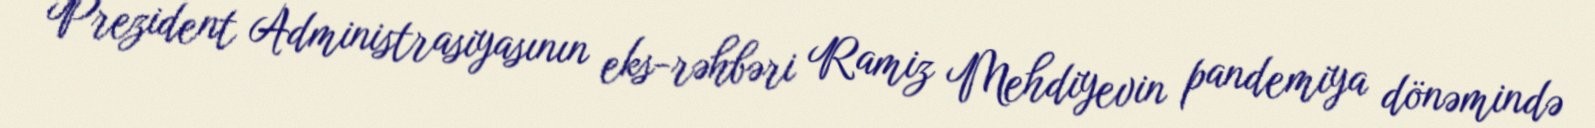
Prezident Administrasiyasının eks-rəhbəri Ramiz Mehdiyevin pandemiya dönəmində